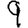
Digit: 9